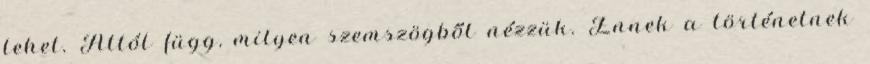
lehet. Attól függ, milyen szemszögből nézzük. Ennek a történetnek